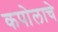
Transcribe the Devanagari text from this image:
कपोलाचे